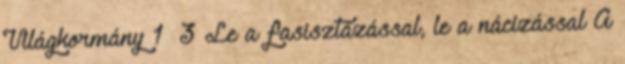
Világkormány 1 3 Le a fasisztázással, le a nácizással A